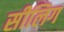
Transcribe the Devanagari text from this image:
सीलिग